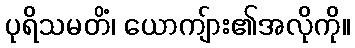
ပုရိသမတိံ၊ ယောကျ်ား၏အလိုကို။